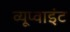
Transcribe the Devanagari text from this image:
व्यूप्वाइंट